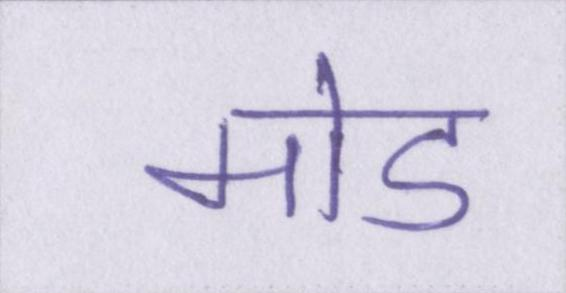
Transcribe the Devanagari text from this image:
मोड